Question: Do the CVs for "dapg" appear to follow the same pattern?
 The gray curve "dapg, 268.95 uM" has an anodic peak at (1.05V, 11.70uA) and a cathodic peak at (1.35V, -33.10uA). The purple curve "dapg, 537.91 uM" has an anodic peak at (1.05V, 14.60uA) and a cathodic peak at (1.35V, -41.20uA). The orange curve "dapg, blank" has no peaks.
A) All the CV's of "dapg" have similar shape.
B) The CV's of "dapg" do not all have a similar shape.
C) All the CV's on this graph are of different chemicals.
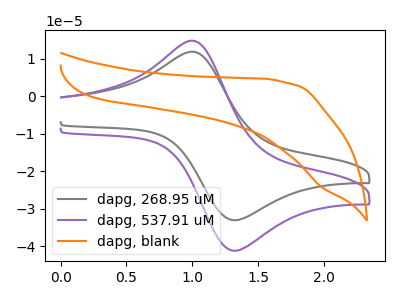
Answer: <think>All the peaks in "dapg, 268.95 uM" have a peak in "dapg, 537.91 uM" at the same potential. Every peak in "dapg, 268.95 uM" is lower than every peak in "dapg, 537.91 uM". "dapg, 268.95 uM" and "dapg, blank" have a different number of peaks. "dapg, 537.91 uM" and "dapg, blank" have a different number of peaks.
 </think>
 <answer>A) All the CV's of "dapg" have similar shape.</answer>
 <eval>A</eval>